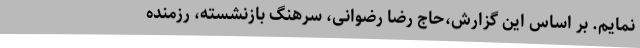
‌نمایم. بر اساس این گزارش،حاج رضا رضوانی، سرهنگ بازنشسته، رزمنده